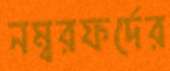
নম্বরফর্দের